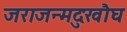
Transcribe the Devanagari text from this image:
जराजन्मदुःखौघ